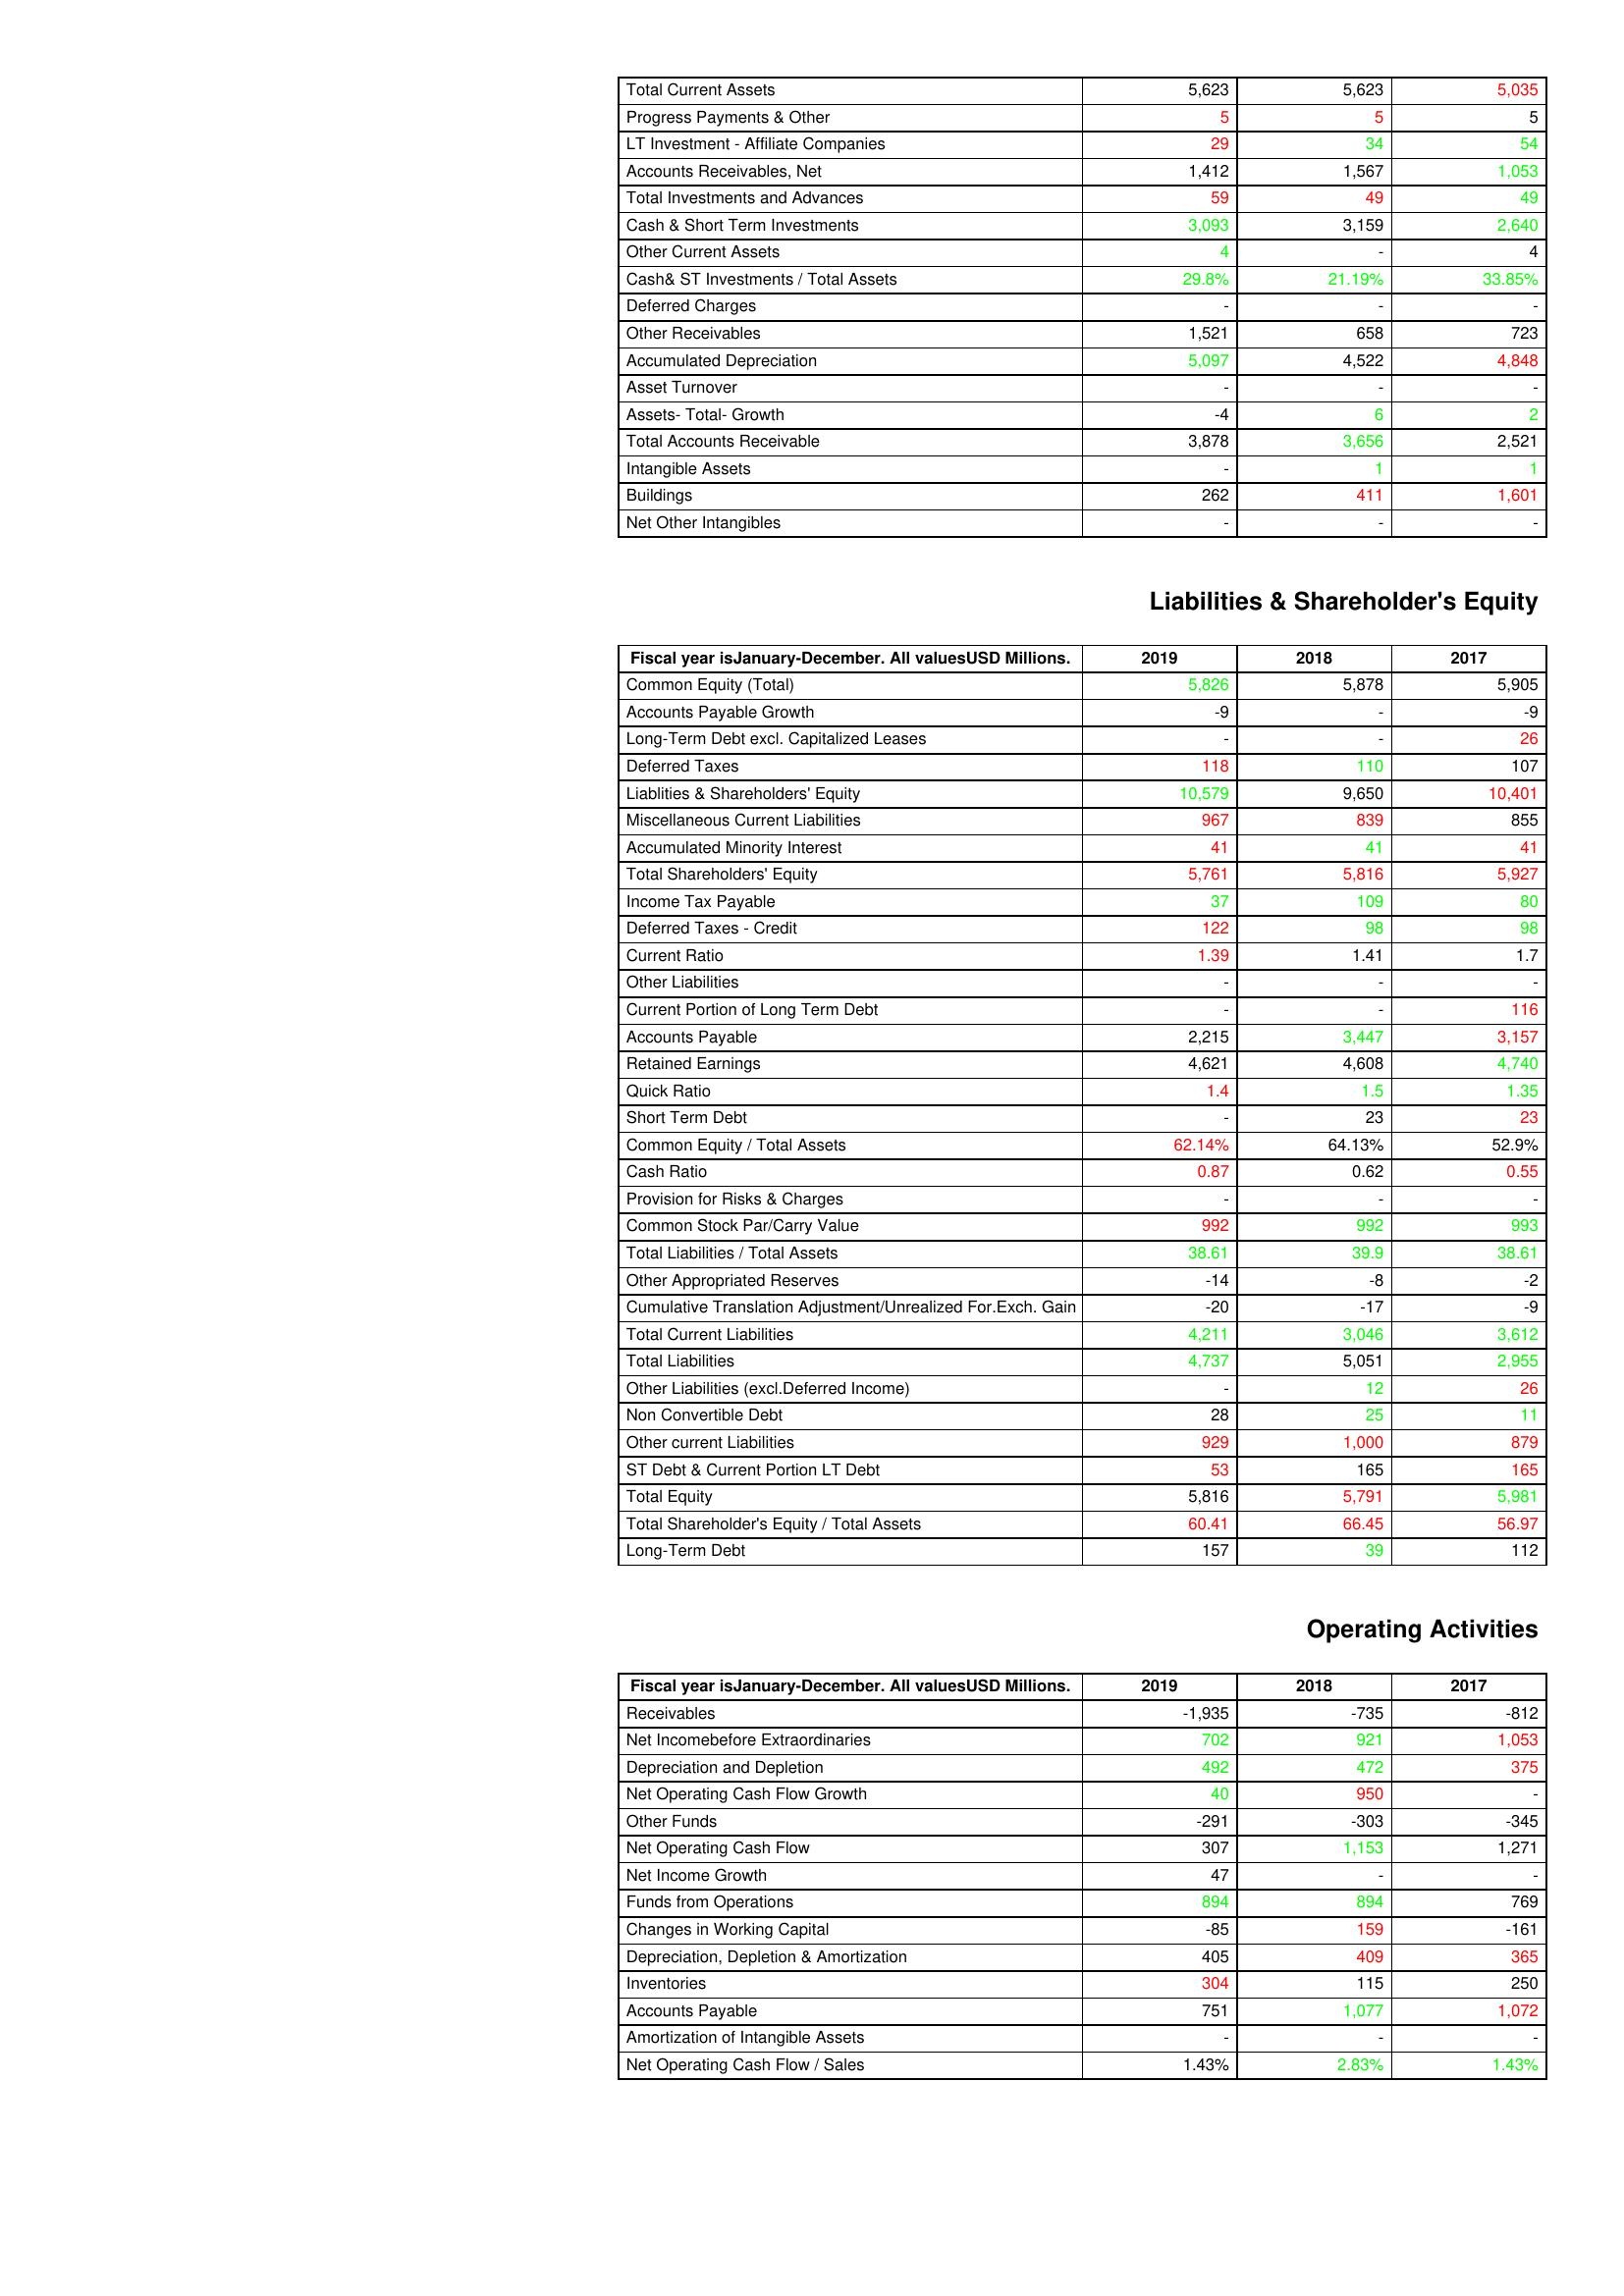
gt_parse: 2019: Assets: Total Current Assets: 5,623
Progress Payments & Other: 5
LT Investment - Affiliate Companies: 29
Accounts Receivables, Net: 1,412
Total Investments and Advances: 59
Cash & Short Term Investments: 3,093
Other Current Assets: 4
Cash& ST Investments / Total Assets: 29.8%
Deferred Charges: -
Other Receivables: 1,521
Accumulated Depreciation: 5,097
Asset Turnover: -
Assets- Total- Growth: -4
Total Accounts Receivable: 3,878
Intangible Assets: -
Buildings: 262
Net Other Intangibles: -
Liabilities & Shareholder's Equity: Common Equity (Total): 5,826
Accounts Payable Growth: -9
Long-Term Debt excl. Capitalized Leases: -
Deferred Taxes: 118
Liablities & Shareholders' Equity: 10,579
Miscellaneous Current Liabilities: 967
Accumulated Minority Interest: 41
Total Shareholders' Equity: 5,761
Income Tax Payable: 37
Deferred Taxes - Credit: 122
Current Ratio: 1.39
Other Liabilities: -
Current Portion of Long Term Debt: -
Accounts Payable: 2,215
Retained Earnings: 4,621
Quick Ratio: 1.4
Short Term Debt: -
Common Equity / Total Assets: 62.14%
Cash Ratio: 0.87
Provision for Risks & Charges: -
Common Stock Par/Carry Value: 992
Total Liabilities / Total Assets: 38.61
Other Appropriated Reserves: -14
Cumulative Translation Adjustment/Unrealized For.Exch. Gain: -20
Total Current Liabilities: 4,211
Total Liabilities: 4,737
Other Liabilities (excl.Deferred Income): -
Non Convertible Debt: 28
Other current Liabilities: 929
ST Debt & Current Portion LT Debt: 53
Total Equity: 5,816
Total Shareholder's Equity / Total Assets: 60.41
Long-Term Debt: 157
Operating Activities: Receivables: -1,935
Net Incomebefore Extraordinaries: 702
Depreciation and Depletion: 492
Net Operating Cash Flow Growth: 40
Other Funds: -291
Net Operating Cash Flow: 307
Net Income Growth: 47
Funds from Operations: 894
Changes in Working Capital: -85
Depreciation, Depletion & Amortization: 405
Inventories: 304
Accounts Payable: 751
Amortization of Intangible Assets: -
Net Operating Cash Flow / Sales: 1.43%
2018: Assets: Total Current Assets: 5,623
Progress Payments & Other: 5
LT Investment - Affiliate Companies: 34
Accounts Receivables, Net: 1,567
Total Investments and Advances: 49
Cash & Short Term Investments: 3,159
Other Current Assets: -
Cash& ST Investments / Total Assets: 21.19%
Deferred Charges: -
Other Receivables: 658
Accumulated Depreciation: 4,522
Asset Turnover: -
Assets- Total- Growth: 6
Total Accounts Receivable: 3,656
Intangible Assets: 1
Buildings: 411
Net Other Intangibles: -
Liabilities & Shareholder's Equity: Common Equity (Total): 5,878
Accounts Payable Growth: -
Long-Term Debt excl. Capitalized Leases: -
Deferred Taxes: 110
Liablities & Shareholders' Equity: 9,650
Miscellaneous Current Liabilities: 839
Accumulated Minority Interest: 41
Total Shareholders' Equity: 5,816
Income Tax Payable: 109
Deferred Taxes - Credit: 98
Current Ratio: 1.41
Other Liabilities: -
Current Portion of Long Term Debt: -
Accounts Payable: 3,447
Retained Earnings: 4,608
Quick Ratio: 1.5
Short Term Debt: 23
Common Equity / Total Assets: 64.13%
Cash Ratio: 0.62
Provision for Risks & Charges: -
Common Stock Par/Carry Value: 992
Total Liabilities / Total Assets: 39.9
Other Appropriated Reserves: -8
Cumulative Translation Adjustment/Unrealized For.Exch. Gain: -17
Total Current Liabilities: 3,046
Total Liabilities: 5,051
Other Liabilities (excl.Deferred Income): 12
Non Convertible Debt: 25
Other current Liabilities: 1,000
ST Debt & Current Portion LT Debt: 165
Total Equity: 5,791
Total Shareholder's Equity / Total Assets: 66.45
Long-Term Debt: 39
Operating Activities: Receivables: -735
Net Incomebefore Extraordinaries: 921
Depreciation and Depletion: 472
Net Operating Cash Flow Growth: 950
Other Funds: -303
Net Operating Cash Flow: 1,153
Net Income Growth: -
Funds from Operations: 894
Changes in Working Capital: 159
Depreciation, Depletion & Amortization: 409
Inventories: 115
Accounts Payable: 1,077
Amortization of Intangible Assets: -
Net Operating Cash Flow / Sales: 2.83%
2017: Assets: Total Current Assets: 5,035
Progress Payments & Other: 5
LT Investment - Affiliate Companies: 54
Accounts Receivables, Net: 1,053
Total Investments and Advances: 49
Cash & Short Term Investments: 2,640
Other Current Assets: 4
Cash& ST Investments / Total Assets: 33.85%
Deferred Charges: -
Other Receivables: 723
Accumulated Depreciation: 4,848
Asset Turnover: -
Assets- Total- Growth: 2
Total Accounts Receivable: 2,521
Intangible Assets: 1
Buildings: 1,601
Net Other Intangibles: -
Liabilities & Shareholder's Equity: Common Equity (Total): 5,905
Accounts Payable Growth: -9
Long-Term Debt excl. Capitalized Leases: 26
Deferred Taxes: 107
Liablities & Shareholders' Equity: 10,401
Miscellaneous Current Liabilities: 855
Accumulated Minority Interest: 41
Total Shareholders' Equity: 5,927
Income Tax Payable: 80
Deferred Taxes - Credit: 98
Current Ratio: 1.7
Other Liabilities: -
Current Portion of Long Term Debt: 116
Accounts Payable: 3,157
Retained Earnings: 4,740
Quick Ratio: 1.35
Short Term Debt: 23
Common Equity / Total Assets: 52.9%
Cash Ratio: 0.55
Provision for Risks & Charges: -
Common Stock Par/Carry Value: 993
Total Liabilities / Total Assets: 38.61
Other Appropriated Reserves: -2
Cumulative Translation Adjustment/Unrealized For.Exch. Gain: -9
Total Current Liabilities: 3,612
Total Liabilities: 2,955
Other Liabilities (excl.Deferred Income): 26
Non Convertible Debt: 11
Other current Liabilities: 879
ST Debt & Current Portion LT Debt: 165
Total Equity: 5,981
Total Shareholder's Equity / Total Assets: 56.97
Long-Term Debt: 112
Operating Activities: Receivables: -812
Net Incomebefore Extraordinaries: 1,053
Depreciation and Depletion: 375
Net Operating Cash Flow Growth: -
Other Funds: -345
Net Operating Cash Flow: 1,271
Net Income Growth: -
Funds from Operations: 769
Changes in Working Capital: -161
Depreciation, Depletion & Amortization: 365
Inventories: 250
Accounts Payable: 1,072
Amortization of Intangible Assets: -
Net Operating Cash Flow / Sales: 1.43%